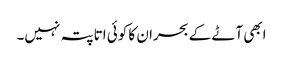
ابھی آٹے کے بحران کا کوئی اتا پتہ نہیں۔